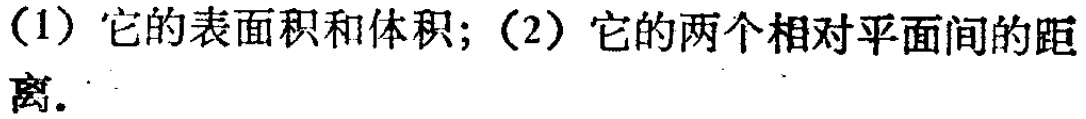
(1) 它的表面积和体积；(2) 它的两个相对平面间的距离.